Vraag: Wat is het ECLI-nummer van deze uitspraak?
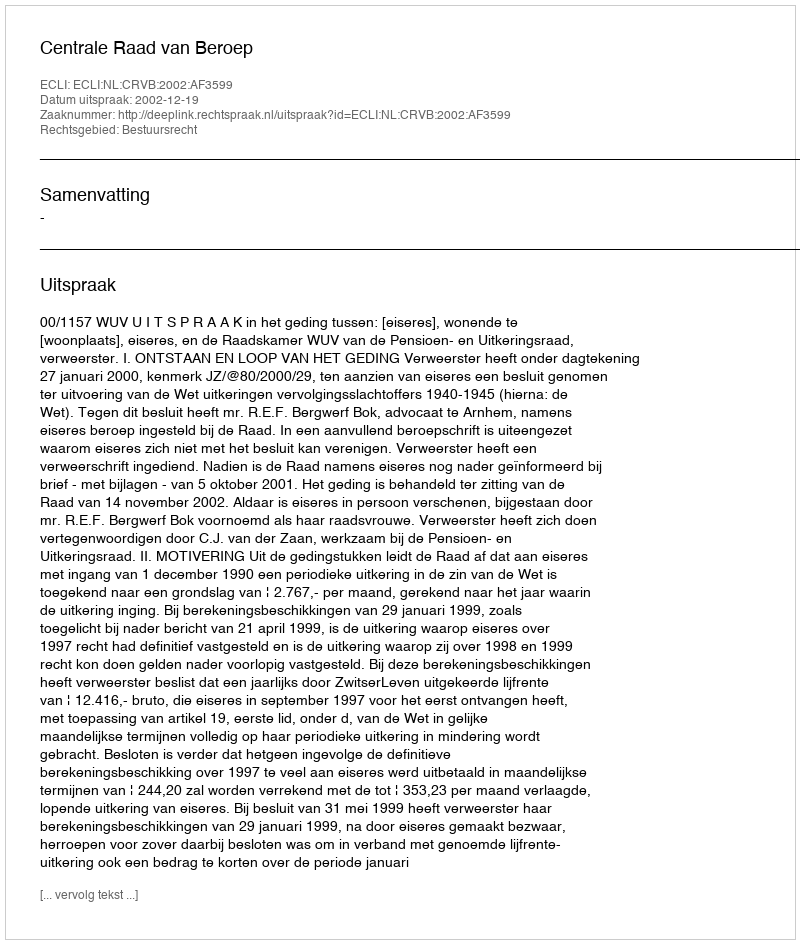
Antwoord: ECLI:NL:CRVB:2002:AF3599